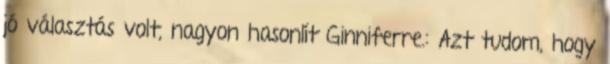
jó választás volt, nagyon hasonlít Ginniferre.: Azt tudom, hogy